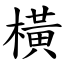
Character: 橫